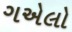
ગએલો